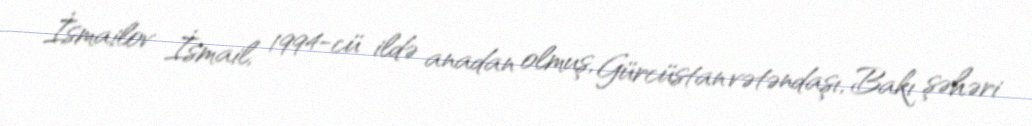
İsmailov İsmail, 1994-cü ildə anadan olmuş, Gürcüstan vətəndaşı, Bakı şəhəri